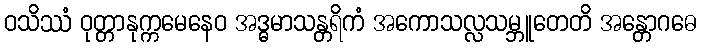
ဝသိဿံ ဝုတ္တာနုက္ကမေနေဝ အဒ္ဓမာသန္တရိကံ အကောသလ္လသမ္ဘူတေတိ အန္တောဂဓေ